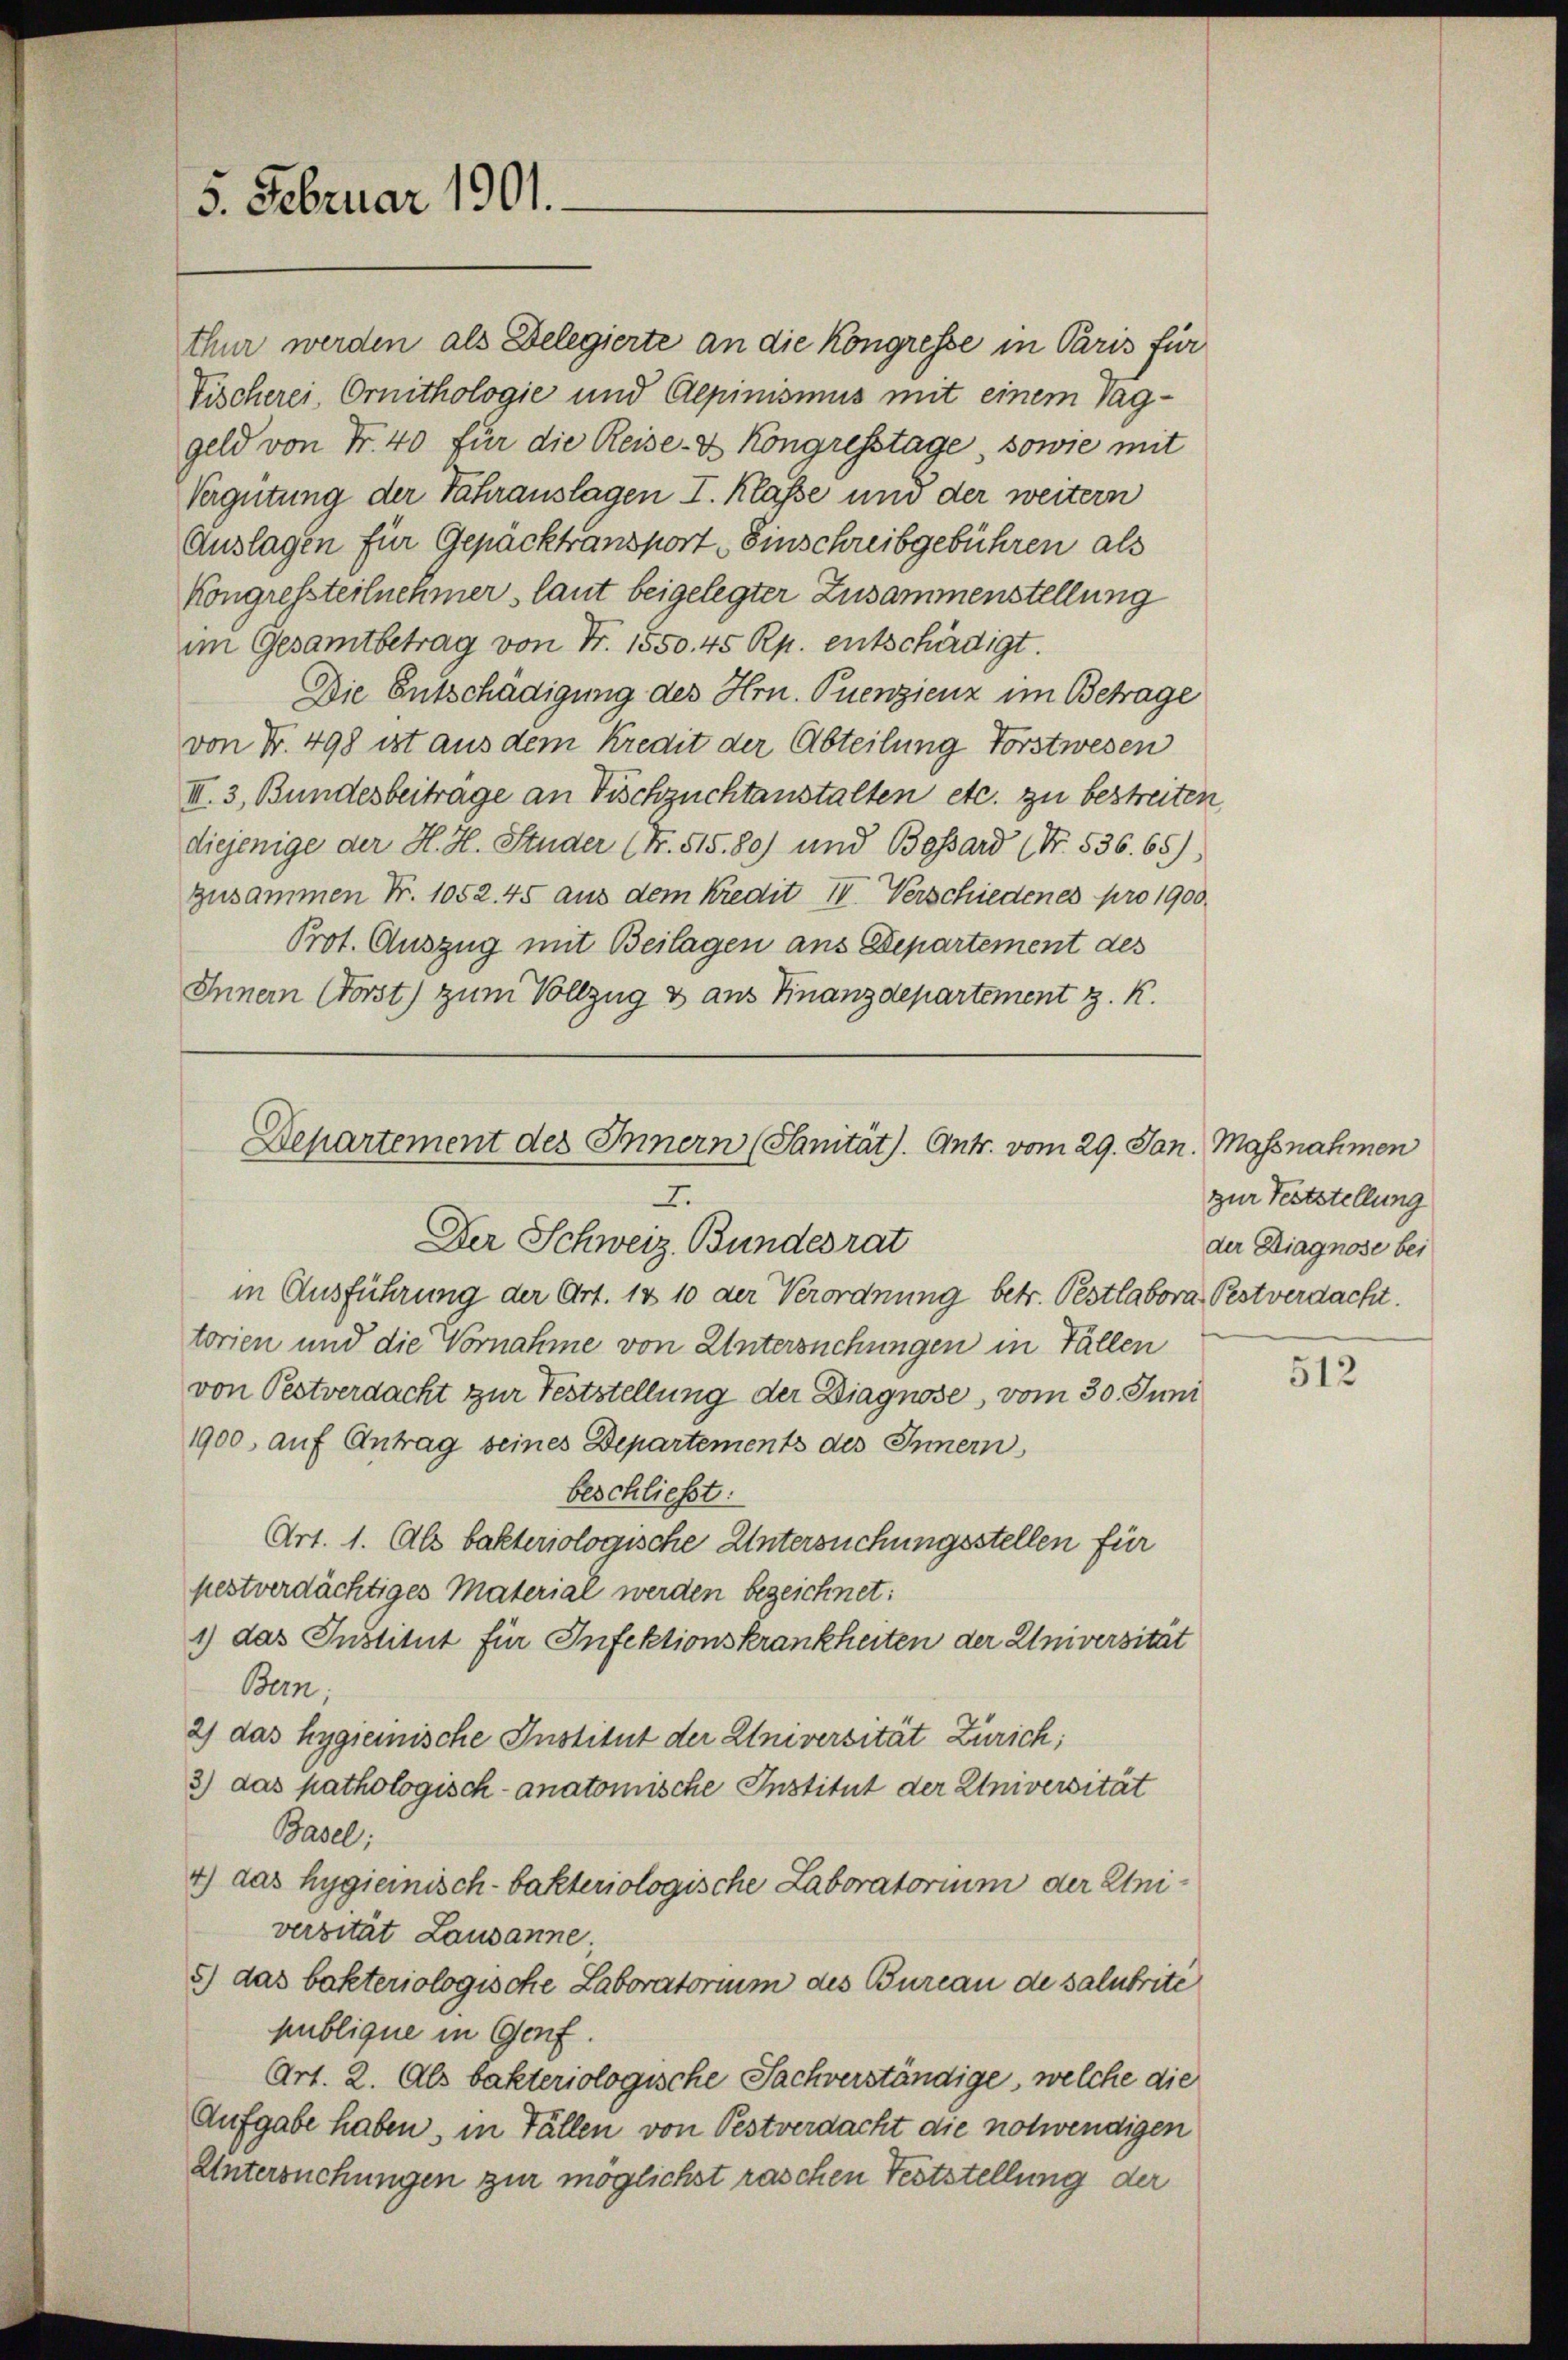
5. Februar 1901.

thur werden als Delegierte an die Kongresse in Paris für
Tischerei, Ornithologie und Aepinismus mit einem Taggeld von Fr. 40 für die Reise- & Kongresstage, sowie mit
Vergütung der Fahrauslagen I. Klasse und der weitern
Auslagen für Gepäcktransport Einschreibgebühren als
Kongressteilnehmer, laut beigelegter Zusammenstellung
im Gesamtbetrag von Fr. 1550. 45 Rp. entschirdigt.
Die Entschädigung des Hrn. Puenzienz im Betrage
von Nr. 498 ist aus dem Kredit der Abteilung Forstwesen
III. 3, Bundesbeiträge an Fischzuchtanstalten etc. zu bestreiten,
diejenige der H. H. Studer (Fr. 515. 80) und Bossard (Nr. 536. 65).
zusammen Fr. 1052. 45 aus dem Kredit IV. Verschiedenes pro 1900
Prot. Auszug mit Beilagen aus Departement des
Innem Forst) zum Vollzug & aus Finanzdepartement z. K.

Departement des Innern (Sanität). Antr. vom 29. Jan.
2.
Der Schweiz. Bundesrat

in Ausführung der Art. 18 10 der Verordnung betr. Pestlabora, Pestverdacht.
torien und die Vornahme von Untersuchungen in Fällen
von Pestverdacht zur Feststellung der Diagnose, vom 30. Juni
1900, auf Antrag seines Departements des Innern
beschließt:
Art. 1. Als bakteriologische Untersuchungsstellen für
pestverdächtiges Material werden bezeichnet:
1) das Institut für Infektionskrankheiten der Universität
Bern,
2) das hygieinische Institut der Universität Zürich;
3) das pathologisch-anatomische Institut der Universität
Basel;
4) das hygieinisch-bakteriologische Laboratorium der Einiversität Lausanne
8) das bakteriologische Laboratorium des Bureau de salubrité
publique in Genf.
Art. 2. Als bakteriologische Sachverständige, welche die
Aufgabe haben, in Fällen von Pestverdacht die notwendigen
Untersuchungen zur möglichst raschen Teststellung der

Massnahmen
zur Feststellung
der Diagnose bei

512